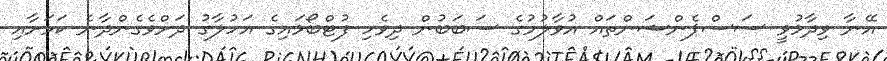
އޭނާ ވިދާޅުވީ ސަސްޕެންޝަންތައް އުވާލުމުގެ ސަބަބުން ދިވެހި ފުޓްބޯޅައިގެ އަހުލާގު ދަށްވެގެންދާނެ ކަމަށާއި